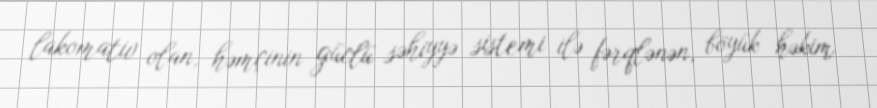
lakomativ olan, həmçinin güclü səhiyyə sistemi ilə fərqlənən, böyük həkim